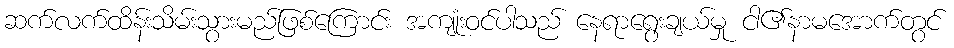
ဆက်လက်ထိန်းသိမ်းသွားမည်ဖြစ်ကြောင်း အကျုံးဝင်ပါသည် နေရာရွေးချယ်မှု ငါ၏နာမအောက်တွင်